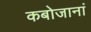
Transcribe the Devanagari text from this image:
कबोजानां